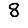
Digit: 8